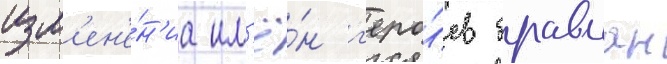
изм'ен'е́н'иа им'ё́н г'еро́ев бравман